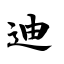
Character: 迪